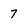
Character: 7